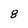
Character: 8